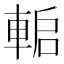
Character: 𨌋